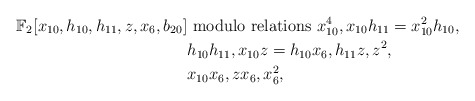
\begin{align*} \mathbb{F}_2[x_{10},h_{10},h_{11},z,x_6,b_{20}] &\mbox{\ modulo relations\ } x_{10}^4,x_{10}h_{11}=x_{10}^2h_{10}, \\ & h_{10}h_{11},x_{10}z = h_{10}x_6, h_{11}z,z^2, \\ & x_{10}x_6, zx_6,x_6^2,\end{align*}